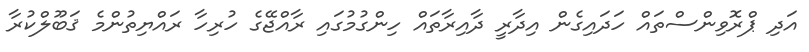
އަދި ޕްރޮވިންސްތައް ހަދައިގެން އިދާރީ ދާއިރާތައް ހިންގުމުގައި ރާއްޖޭގެ ހުރިހާ ރައްޔިތުންމެ ޤަބޫލްކުރާ